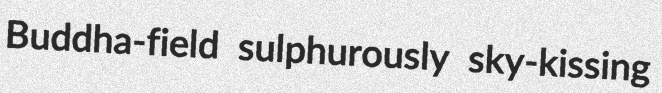
Buddha-field sulphurously sky-kissing